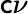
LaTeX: \mathsf{c}\nu